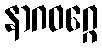
နာဂဝဂ္ဂေ